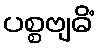
ပစ္စဗျဓိံ